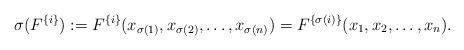
LaTeX: \begin{align*}\sigma(F^{\{i\}}):=F^{\{i\}}(x_{\sigma(1)},x_{\sigma(2)},\ldots ,x_{\sigma(n)})=F^{\{\sigma(i)\}}(x_{1},x_{2},\ldots,x_{n}).\end{align*}